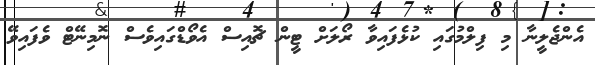
އެންޖެލީނާ މި ފިލްމުގައި ކުޅެފައިވާ ރޯލަށް ޓީން ޗޮއިސް އެވޯޑްގައިވެސް ނޮމިނޭޓް ވެފައިވޭ